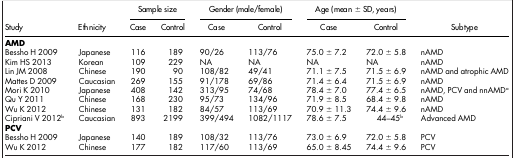
<table><thead><tr><td rowspan="2"><b>Study</b></td><td rowspan="2"><b>Ethnicity</b></td><td colspan="2"><b>Sample size</b></td><td colspan="2"><b>Gender (male/female)</b></td><td colspan="2"><b>Age (mean ± SD, years)</b></td><td rowspan="2"><b>Subtype</b></td></tr><tr><td><b>Case</b></td><td><b>Control</b></td><td><b>Case</b></td><td><b>Control</b></td><td><b>Case</b></td><td><b>Control</b></td></tr></thead><tbody><tr><td><b>AMD</b></td><td> </td><td> </td><td> </td><td> </td><td> </td><td> </td><td> </td><td> </td></tr><tr><td>Bessho H 2009</td><td>Japanese</td><td>116</td><td>189</td><td>90/26</td><td>113/76</td><td>75.0 ± 7.2</td><td>72.0 ± 5.8</td><td>nAMD</td></tr><tr><td>Kim HS 2013</td><td>Korean</td><td>109</td><td>229</td><td>NA</td><td>NA</td><td>NA</td><td>NA</td><td>nAMD</td></tr><tr><td>Lin JM 2008</td><td>Chinese</td><td>190</td><td>90</td><td>108/82</td><td>49/41</td><td>71.1 ± 7.5</td><td>71.5 ± 6.9</td><td>nAMD and atrophic AMD</td></tr><tr><td>Mattes D 2009</td><td>Caucasian</td><td>269</td><td>155</td><td>91/178</td><td>69/86</td><td>71.4 ± 6.4</td><td>71.5 ± 6.9</td><td>nAMD</td></tr><tr><td>Mori K 2010</td><td>Japanese</td><td>408</td><td>142</td><td>313/95</td><td>74/68</td><td>78.4 ± 7.0</td><td>77.4 ± 6.5</td><td>nAMD, PCV and nnAMDa</td></tr><tr><td>Qu Y 2011</td><td>Chinese</td><td>168</td><td>230</td><td>95/73</td><td>134/96</td><td>71.9 ± 8.5</td><td>68.4 ± 9.8</td><td>nAMD</td></tr><tr><td>Wu K 2012</td><td>Chinese</td><td>131</td><td>182</td><td>84/57</td><td>113/69</td><td>70.9 ± 11.3</td><td>74.4 ± 9.6</td><td>nAMD</td></tr><tr><td>Cipriani V 2012b</td><td>Caucasian</td><td>893</td><td>2199</td><td>399/494</td><td>1082/1117</td><td>78.6 ± 7.5</td><td>44–45b</td><td>Advanced AMD</td></tr><tr><td><b>PCV</b></td><td> </td><td> </td><td> </td><td> </td><td> </td><td> </td><td> </td><td> </td></tr><tr><td>Bessho H 2009</td><td>Japanese</td><td>140</td><td>189</td><td>108/32</td><td>113/76</td><td>73.0 ± 6.9</td><td>72.0 ± 5.8</td><td>PCV</td></tr><tr><td>Wu K 2012</td><td>Chinese</td><td>177</td><td>182</td><td>117/60</td><td>113/69</td><td>65.0 ± 8.45</td><td>74.4 ± 9.6</td><td>PCV</td></tr></tbody></table>